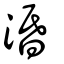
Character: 涽